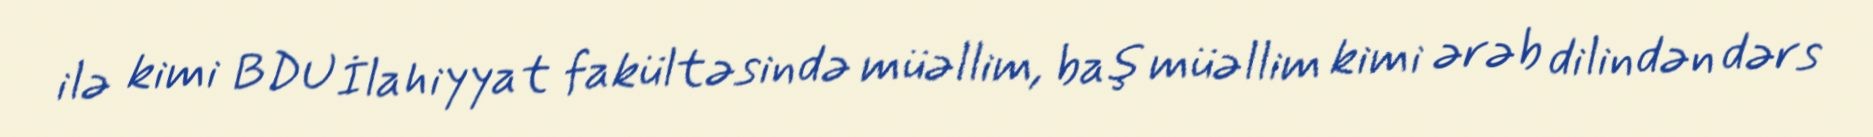
ilə kimi BDU İlahiyyat fakültəsində müəllim, baş müəllim kimi ərəb dilindən dərs